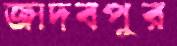
জাদবপুর